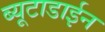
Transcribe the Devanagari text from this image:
ब्यूटाडाईन